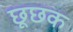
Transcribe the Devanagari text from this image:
छूछक